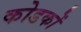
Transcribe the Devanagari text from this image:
कोडकों